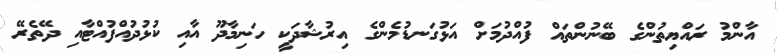
އާންމު ރައްޔިތުންގެ ބޭނުންތައް ފުއްދުމަށް އަޅުގަނޑުމެންގެ އިރުޝާދަކީ ހަނިމާދޫ އާއި ކުޅުދުއްފުއްޓާއި ދޭތެރޭ